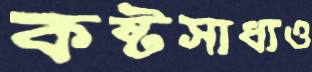
কষ্টসাধ্যও